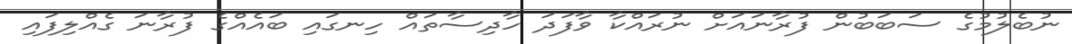
ނުބެލުމުގެ ސަބަބުން ފުރާނައަށް ނުރައްކާ ވާފަދަ ހާދިސާތައް ހިނގައި ބައެއްގެ ފުރާނަ ގެއްލިފައި